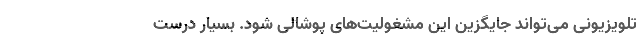
تلویزیونی می‌تواند جایگزین این مشغولیت‌های پوشالی شود. بسیار درست